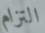
التزام